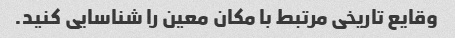
وقایع تاریخی مرتبط با مکان معین را شناسایی کنید.